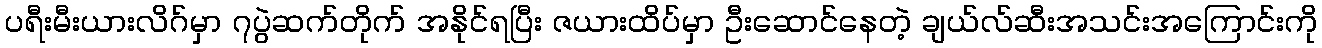
ပရီးမီးယားလိဂ်မှာ ၇ပွဲဆက်တိုက် အနိုင်ရပြီး ဇယားထိပ်မှာ ဦးဆောင်နေတဲ့ ချယ်လ်ဆီးအသင်းအကြောင်းကို